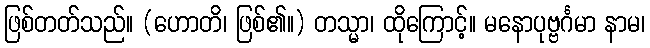
ဖြစ်တတ်သည်။ (ဟောတိ၊ ဖြစ်၏။) တသ္မာ၊ ထိုကြောင့်။ မနောပုဗ္ဗင်္ဂမာ နာမ၊